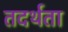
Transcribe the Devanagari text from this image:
तदर्थता